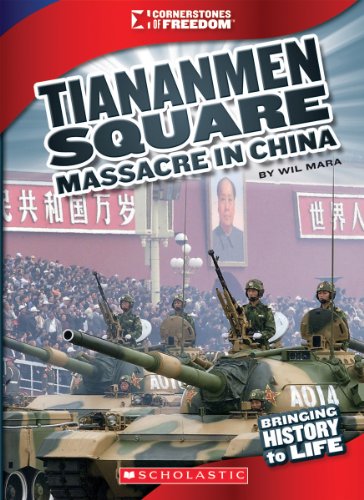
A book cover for The Tiananmen Square Massacre (Cornerstones of Freedom. Third Series); Wil Mara; Children's Books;